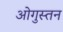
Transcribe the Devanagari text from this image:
ओगुस्तन